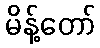
မိန့်တော်